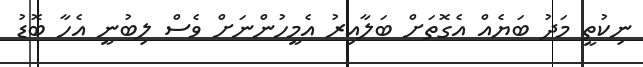
ނިކުތީ މަދު ބަޔެއް އެގޮތަށް ބަލާއިރު އެމީހުންނަށް ވެސް ލިބުނީ އެހާ ބޮޑު